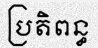
ប្រតិពន្ធ